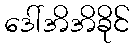
ဒေါ်အိအိခိုင်